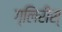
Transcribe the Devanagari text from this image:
ग्लिरीस्